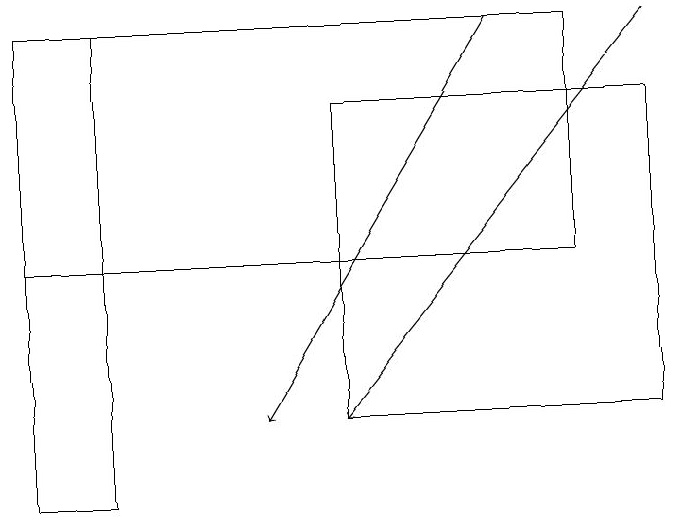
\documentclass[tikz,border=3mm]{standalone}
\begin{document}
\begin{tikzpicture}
\draw[->] (8,19) -- (4,14);
\draw (8,14) rectangle (4,18);
\draw (5,16) rectangle (7,16);
\draw[->] (6,19) -- (3,14);
\draw (7,16) rectangle (0,19);
\draw (1,19) rectangle (0,13);
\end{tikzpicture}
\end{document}